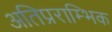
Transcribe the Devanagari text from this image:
अतिप्रराम्भिक